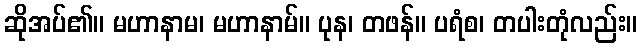
ဆိုအပ်၏။ မဟာနာမ၊ မဟာနာမ်။ ပုန၊ တဖန်။ ပရံစ၊ တပါးတုံလည်း။